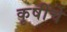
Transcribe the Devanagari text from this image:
कृषींचे